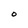
Character: O